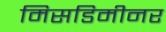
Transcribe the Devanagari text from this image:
मिसडिमीनर